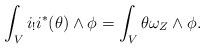
LaTeX: \begin{align*}\int_V i_!i^\ast(\theta)\wedge \phi=\int_V\theta \omega_Z\wedge \phi.\end{align*}